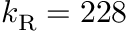
k _ { \mathrm { R } } = 2 2 8